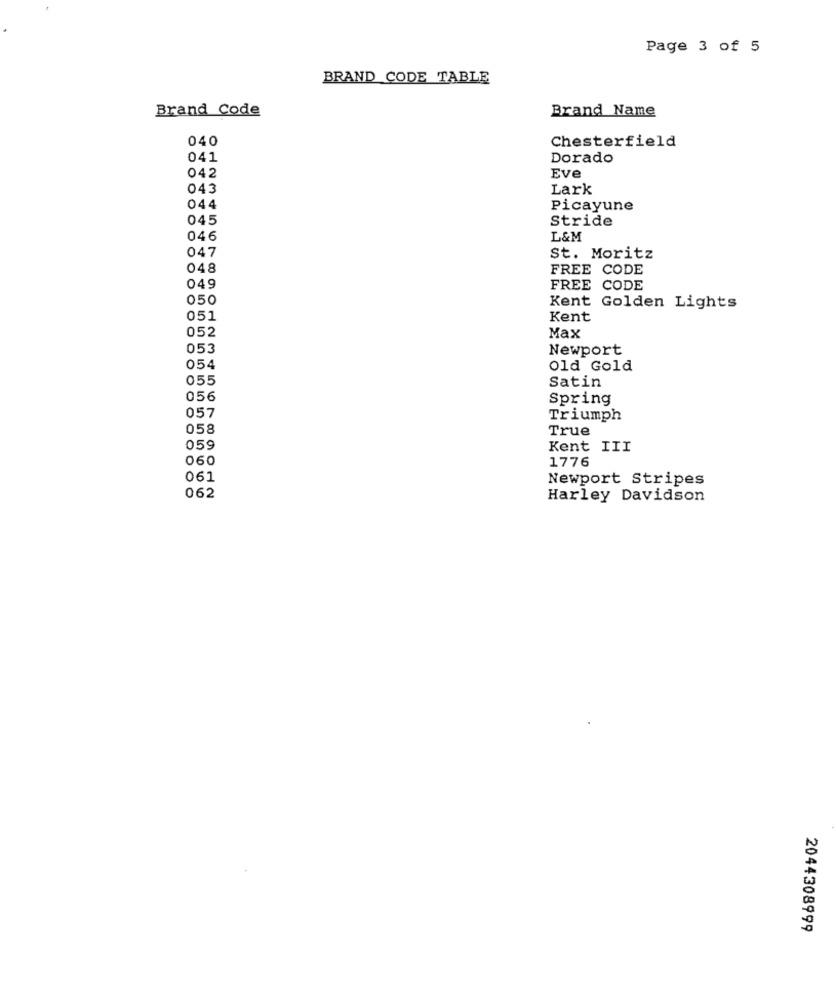
Page 3 of 5
BRAND CODE TABLE
Brand Code
Brand Name
040
Chesterfield
041
Dorado
042
Eve
043
Lark
044
Picayune
045
Stride
046
L&M
047
St. Moritz
048
FREE CODE
049
FREE CODE
050
Kent Golden Lights
051
Kent
052
Max
053
Newport
054
Old Gold
055
Satin
056
Spring
057
Triumph
058
True
059
Kent III
060
1776
061
Newport Stripes
062
Harley Davidson
2044308999